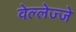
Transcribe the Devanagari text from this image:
वेल्लेज्जे